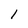
Character: 1